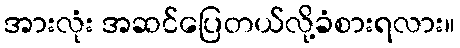
အားလုံး အဆင်ပြေတယ်လို့ခံစားရလား။